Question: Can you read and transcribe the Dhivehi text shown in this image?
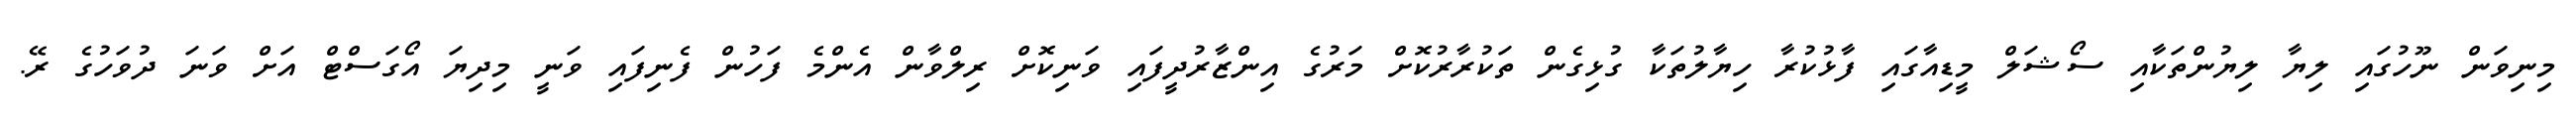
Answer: މިނިވަން ނޫހުގައި ލިޔާ ލިޔުންތަކާއި ސޯޝަލް މީޑިއާގައި ފާޅުކުރާ ހިޔާލުތަކާ ގުޅިގެން ތަކުރާރުކޮށް މަރުގެ އިންޒާރުދީފައި ވަނިކޮށް ރިލްވާން އެންމެ ފަހުން ފެނިފައި ވަނީ މިދިޔަ އޯގަސްޓް އަށް ވަނަ ދުވަހުގެ ރޭ.